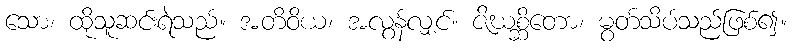
သော၊ ထိုသူဆင်းရဲသည်။ အတိဝိယ၊ အလွန်လျှင်။ ဇိဃစ္ဆိတော၊ မွတ်သိပ်သည်ဖြစ်၍။